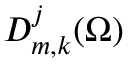
D _ { m , k } ^ { j } ( \Omega )